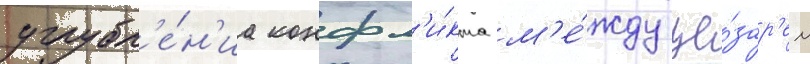
углубл'е́н'иа конфл'и́кта м'е́жду це́зар'ем